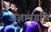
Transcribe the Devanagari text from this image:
अज्ञानग्रंथि